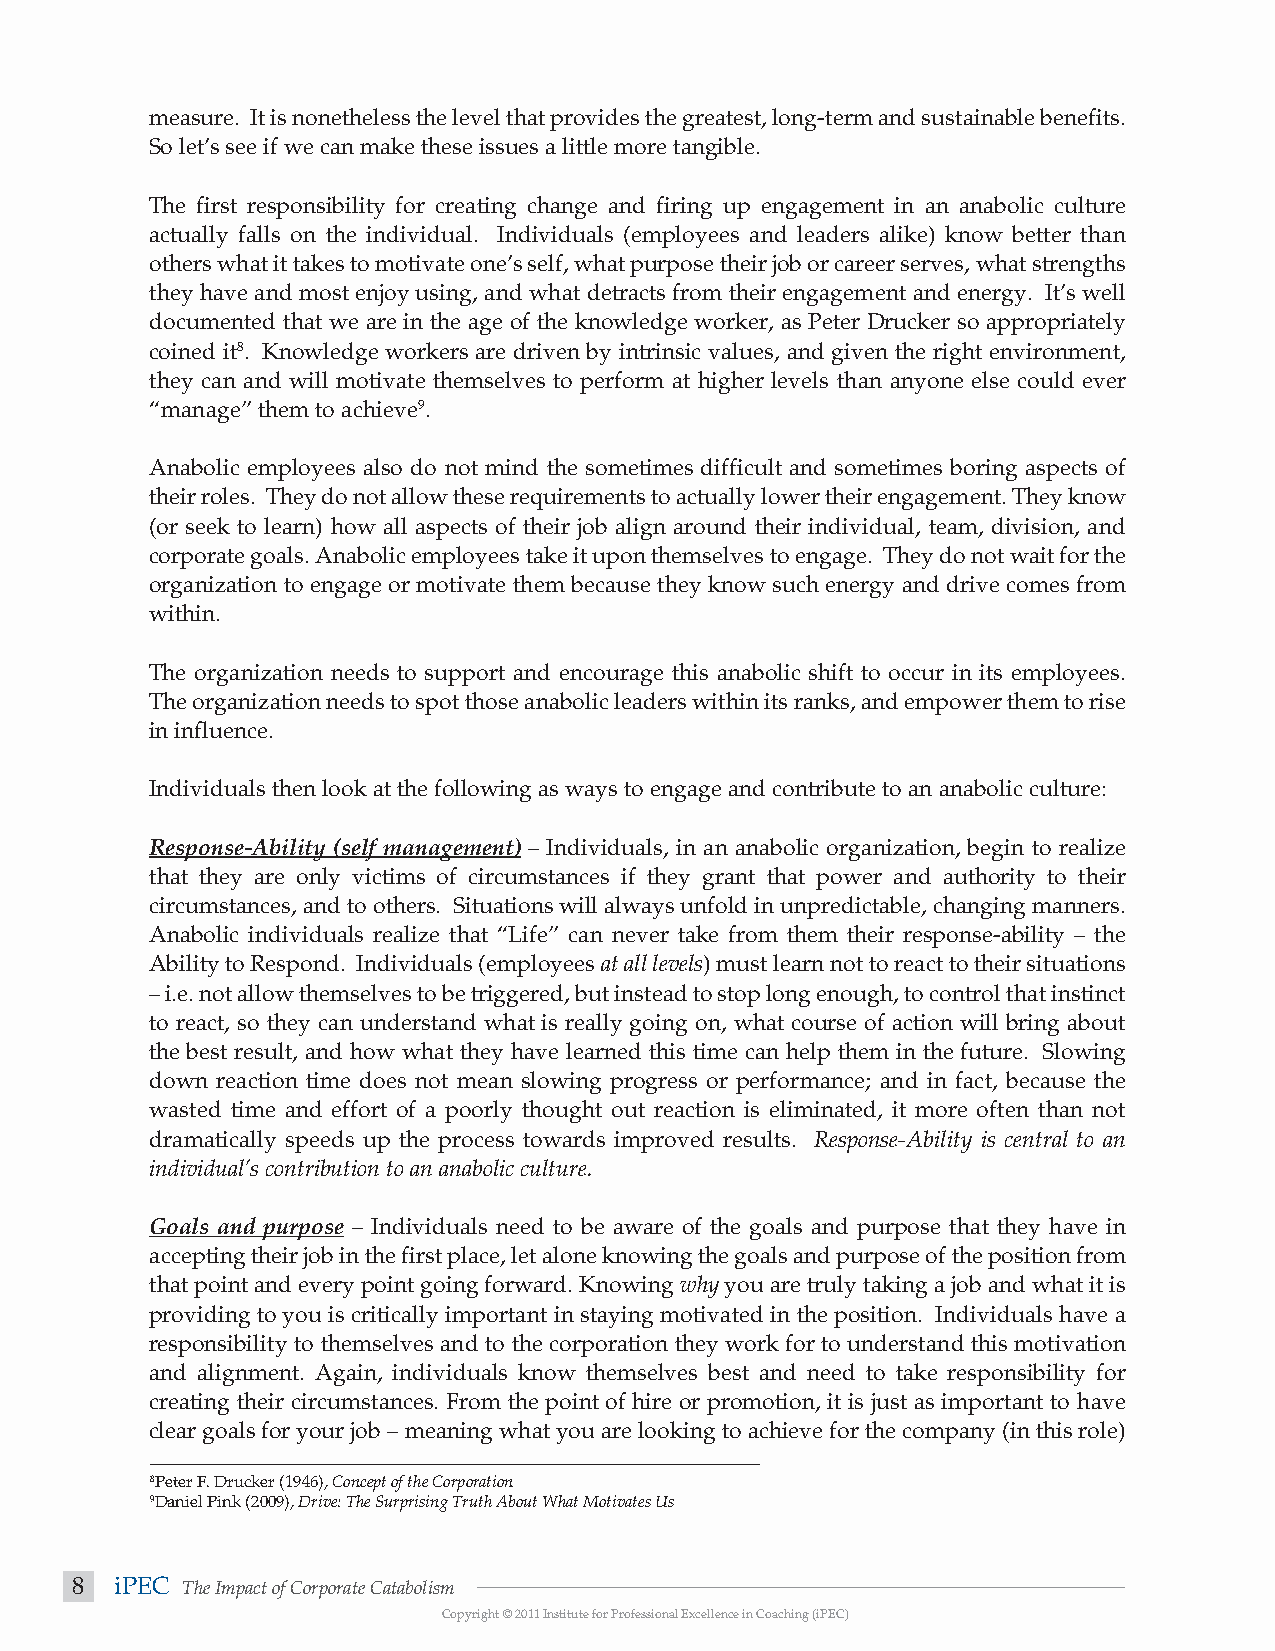
measure. It is nonetheless the level that provides the greatest, long-term and sustainable benefits.
 So let’s see if we can make these issues a little more tangible.
 The first responsibility for creating change and firing up engagement in an anabolic culture
 actually falls on the individual. Individuals (employees and leaders alike) know better than
 others what it takes to motivate one’s self, what purpose their job or career serves, what strengths
 they have and most enjoy using, and what detracts from their engagement and energy. It’s well
 documented that we are in the age of the knowledge worker, as Peter Drucker so appropriately
 coined it8. Knowledge workers are driven by intrinsic values, and given the right environment,
 they can and will motivate themselves to perform at higher levels than anyone else could ever
 “manage” them to achieve9.
 Anabolic employees also do not mind the sometimes difficult and sometimes boring aspects of
 their roles. They do not allow these requirements to actually lower their engagement. They know
 (or seek to learn) how all aspects of their job align around their individual, team, division, and
 corporate goals. Anabolic employees take it upon themselves to engage. They do not wait for the
 organization to engage or motivate them because they know such energy and drive comes from
 within.
 The organization needs to support and encourage this anabolic shift to occur in its employees.
 The organization needs to spot those anabolic leaders within its ranks, and empower them to rise
 in influence.
 Individuals then look at the following as ways to engage and contribute to an anabolic culture:
 Response-Ability (self management) – Individuals, in an anabolic organization, begin to realize
 that they are only victims of circumstances if they grant that power and authority to their
 circumstances, and to others. Situations will always unfold in unpredictable, changing manners.
 Anabolic individuals realize that “Life” can never take from them their response-ability – the
 Ability to Respond. Individuals (employees at all levels) must learn not to react to their situations
 – i.e. not allow themselves to be triggered, but instead to stop long enough, to control that instinct
 to react, so they can understand what is really going on, what course of action will bring about
 the best result, and how what they have learned this time can help them in the future. Slowing
 down reaction time does not mean slowing progress or performance; and in fact, because the
 wasted time and effort of a poorly thought out reaction is eliminated, it more often than not
 dramatically speeds up the process towards improved results. Response-Ability is central to an
 individual’s contribution to an anabolic culture.
 Goals and purpose – Individuals need to be aware of the goals and purpose that they have in
 accepting their job in the first place, let alone knowing the goals and purpose of the position from
 that point and every point going forward. Knowing why you are truly taking a job and what it is
 providing to you is critically important in staying motivated in the position. Individuals have a
 responsibility to themselves and to the corporation they work for to understand this motivation
 and alignment. Again, individuals know themselves best and need to take responsibility for
 creating their circumstances. From the point of hire or promotion, it is just as important to have
 clear goals for your job – meaning what you are looking to achieve for the company (in this role)
 8Peter F. Drucker (1946), Concept of the Corporation
 9Daniel Pink (2009), Drive: The Surprising Truth About What Motivates Us
 8  iPEC The Impact of Corporate Catabolism
 Copyright © 2011 Institute for Professional Excellence in Coaching (iPEC)